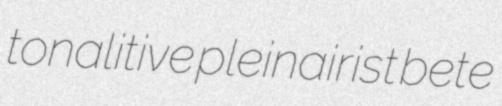
tonalitive pleinairist bete